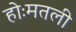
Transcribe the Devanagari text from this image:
होःमतली